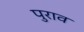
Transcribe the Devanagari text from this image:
पुराव